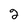
Character: 2